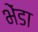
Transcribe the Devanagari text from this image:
भेंडा